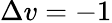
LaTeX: \Delta v=-1